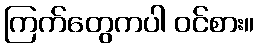
ကြက်တွေကပါ ဝင်စား။